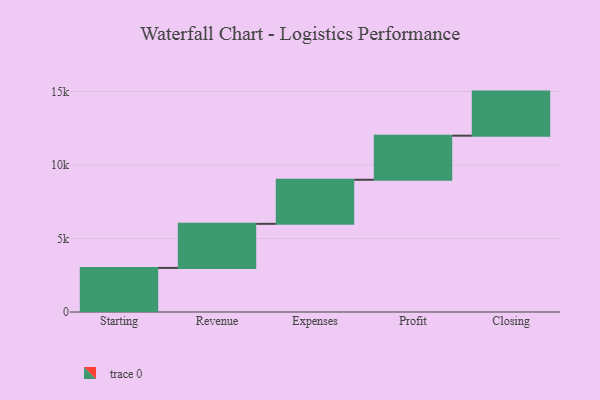
{"axis": {"x": "Step", "y": "Value"}, "legend": [""], "data": [{"x": "Starting", "y": 3000, "type": ""}, {"x": "Revenue", "y": 3000, "type": ""}, {"x": "Expenses", "y": 3000, "type": ""}, {"x": "Profit", "y": 3000, "type": ""}, {"x": "Closing", "y": 3000, "type": ""}]}